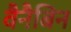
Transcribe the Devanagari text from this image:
वैनैबिन